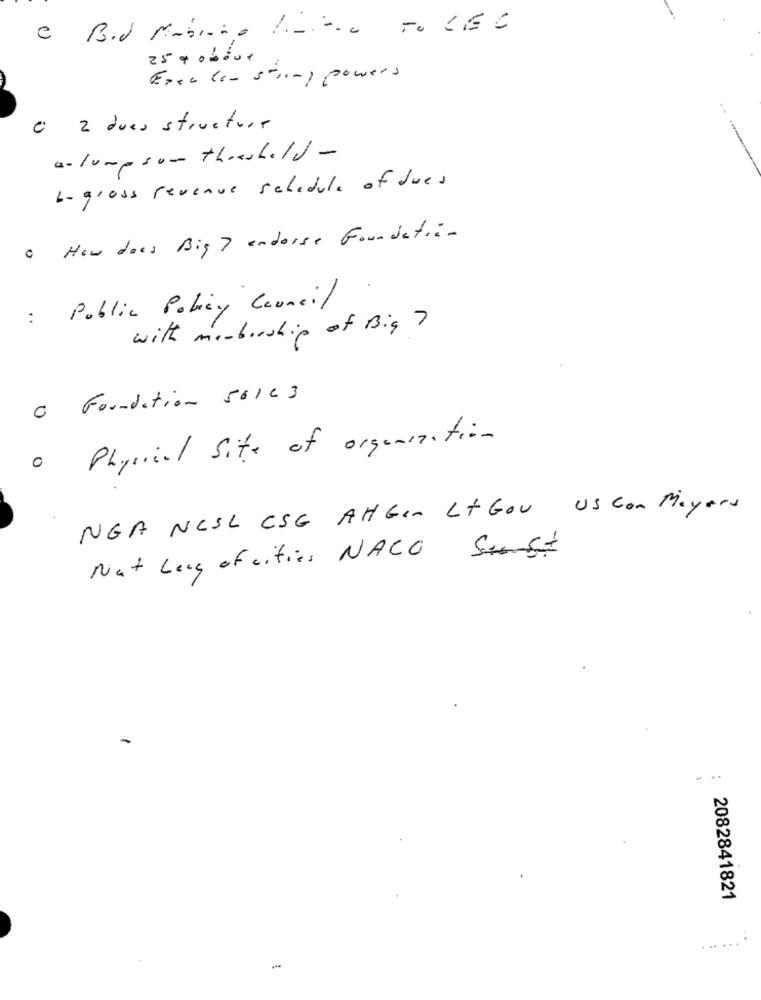
25 + oblue
Exec los string powers
C 2 dues structure
alumpsum threshold -
b- gross revenue schedule of dues
· How does Big? endorse Foundation
: Public Policy Council
with membership of Big ?
O Foundation 56163
Physical Site of organization
0
NGA NESL CSG AHGen Lt Gou us con Mayors
Nat Leg of cities NACO
: 2082841821
... ...